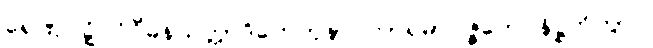
ရေဏုဝဋ္ဋိ ဝိဝိဓနယတ္တာဒိဟေတုနာ ကာရမာပဇ္ဇတေ နိဋ္ဌုဘိတွာဝ